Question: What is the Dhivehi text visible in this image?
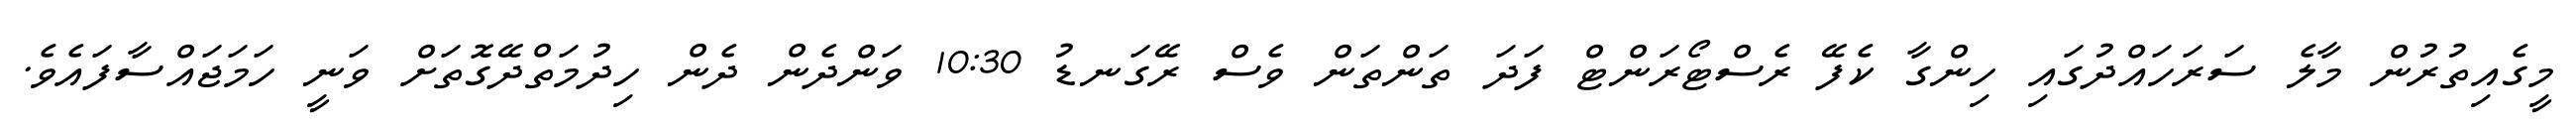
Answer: މީގެއިތުރުން މާލެ ސަރަހައްދުގައި ހިންގާ ކެފޭ ރެސްޓޯރަންޓް ފަދަ ތަންތަން ވެސް ރޭގަނޑު 10:30 ވަންދެން ދެން ހިދުމަތްދޭގޮތަށް ވަނީ ހަމަޖައްސާފައެވެ.